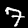
Label: 7